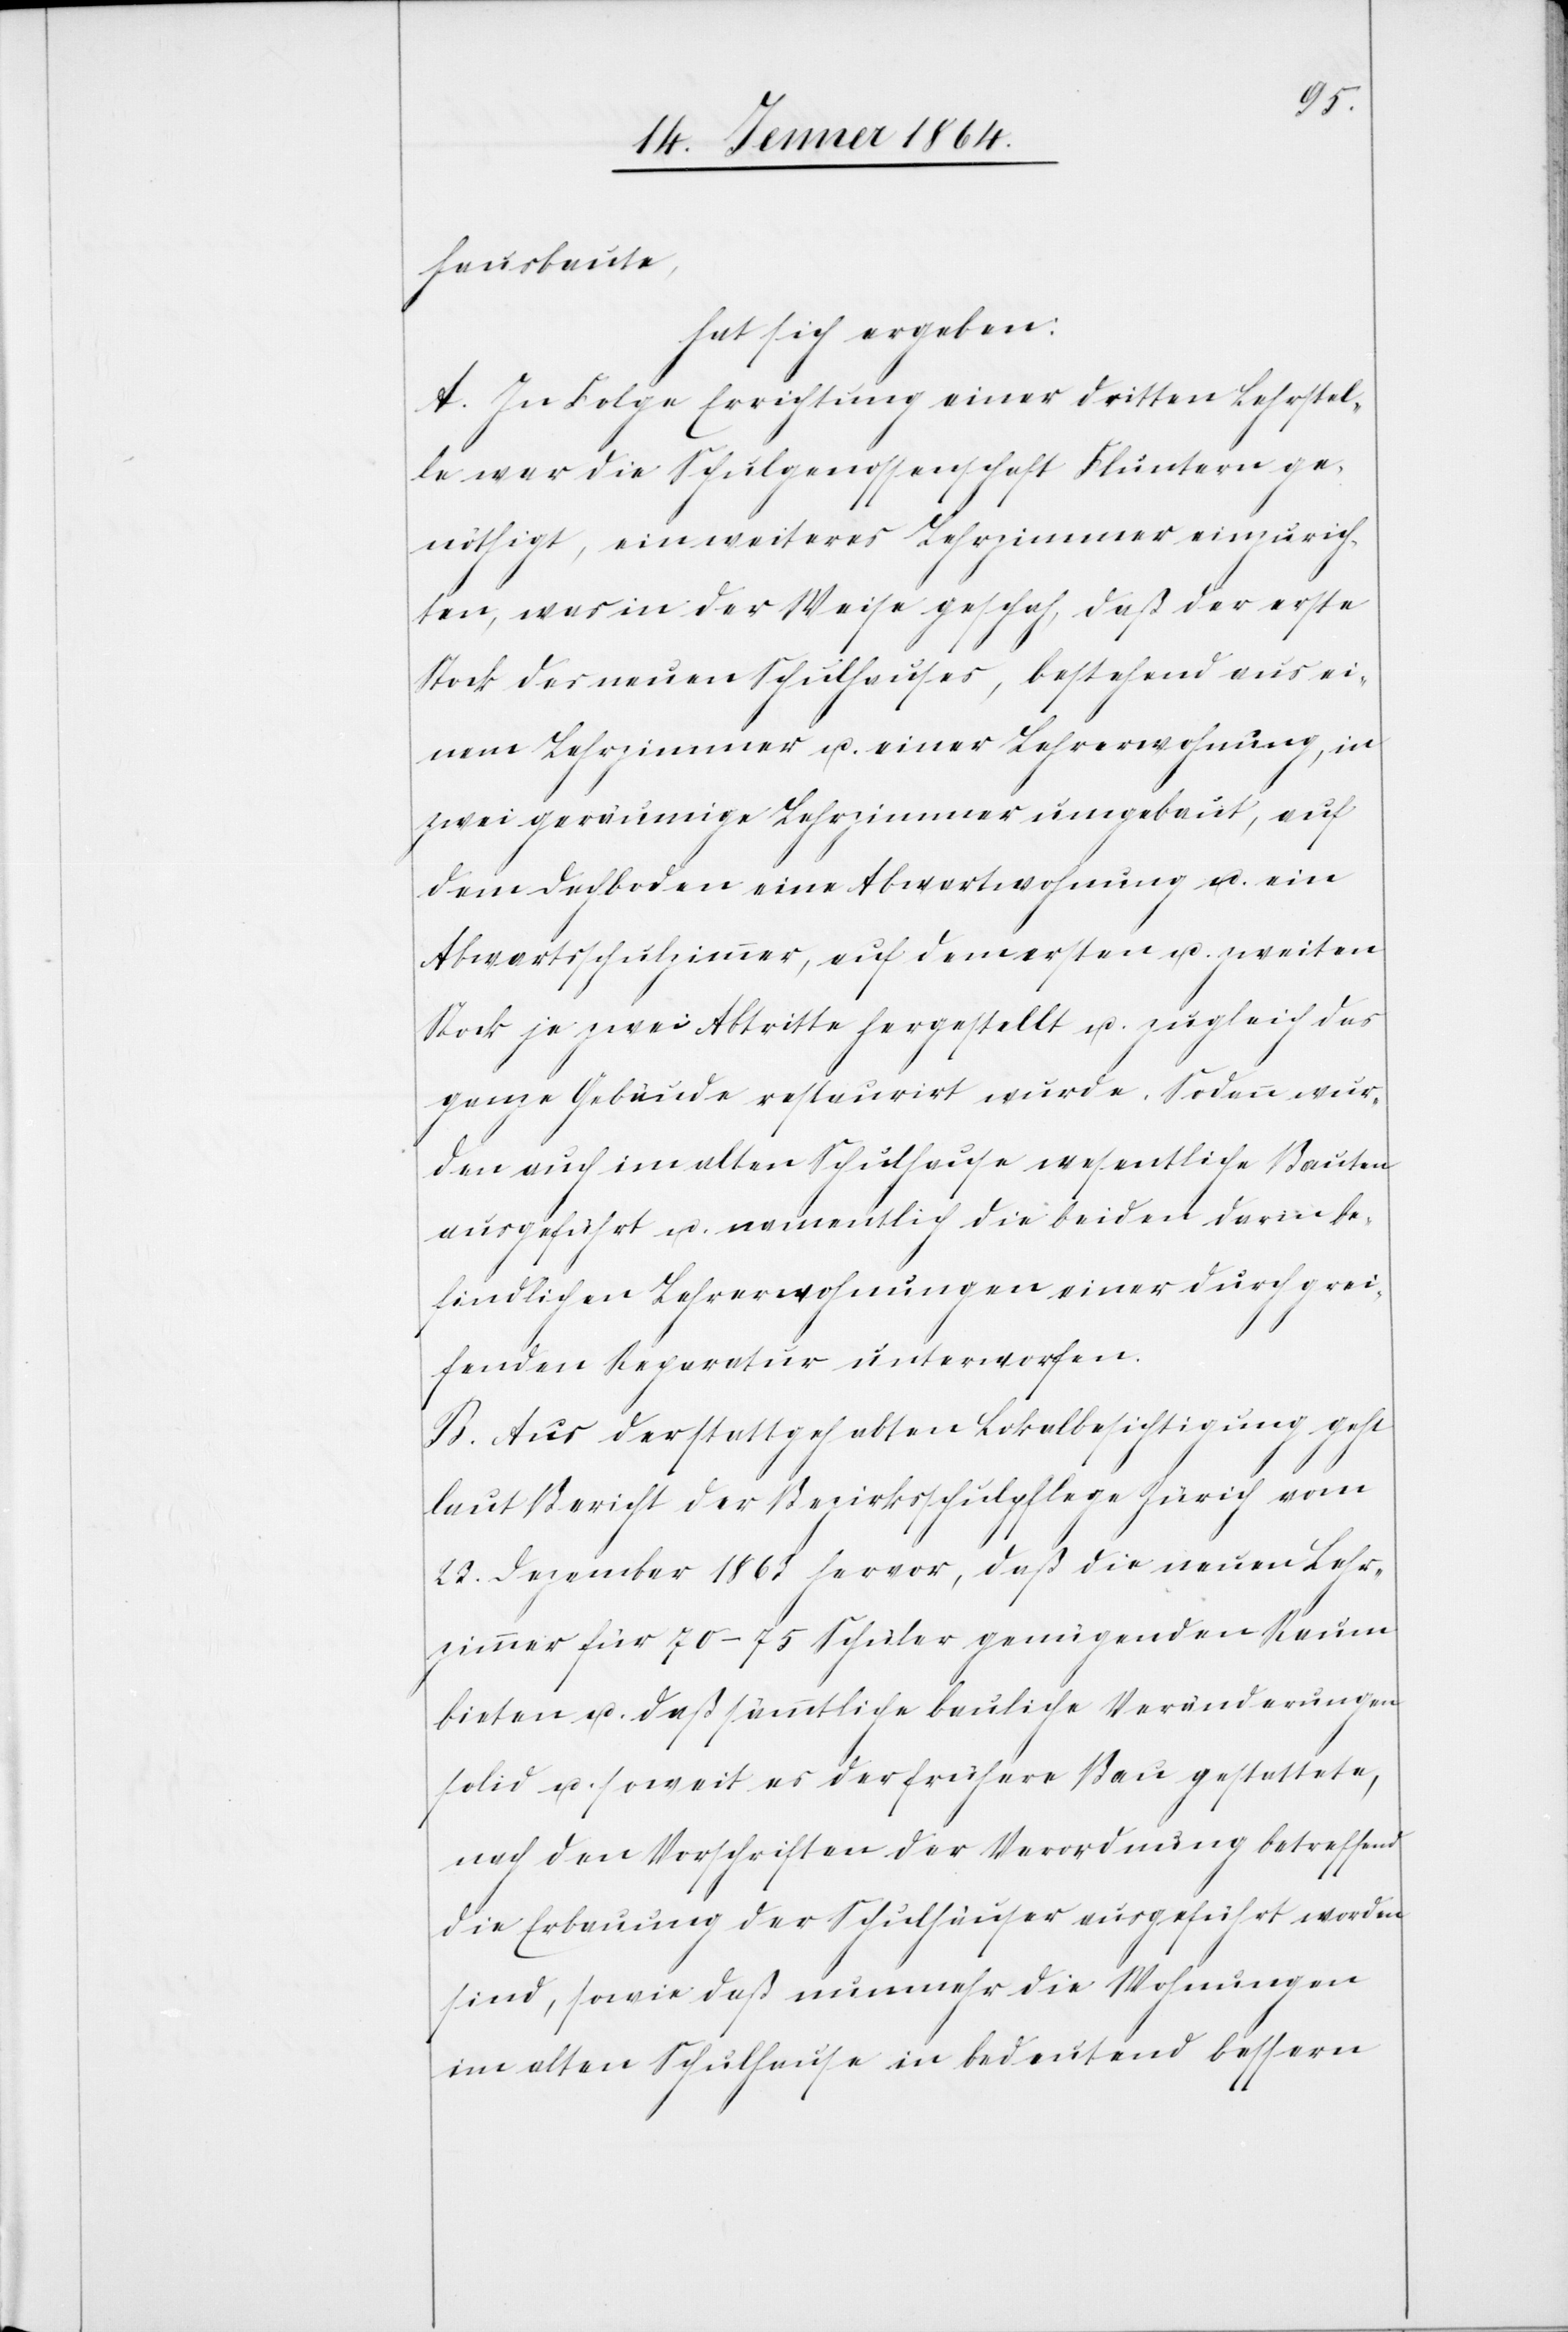
hausbaute,
hat sich ergeben:
A. In Folge Errichtung einer dritten Lehrstel¬
le war die Schulgenossenschaft Fluntern ge¬
nöthigt, ein weiteres Lehrzimmer einzurich¬
ten, was in der Weise geschah, daß der erste
Stock des neuen Schulhauses, bestehend aus ei¬
nem Lehrzimmer u. einer Lehrerwohnung, in
zwei geräumige Lehrzimmer umgebaut, auf
dem Dachboden eine Abwartswohnung u. ein
Abwartsschulzimmer, auf dem ersten u. zweiten
Stock je zwei Abtritte hergestellt u. zugleich das
ganze Gebäude restauriert wurde. Sodann wur¬
den auch im alten Schulhause wesentliche Bauten
ausgeführt u. namentlich die beiden darin be¬
findlichen Lehrerwohnungen einer durchgrei¬
fenden Reparatur unterworfen.
B. Aus der stattgehabten Lokalbesichtigung geht
laut Bericht der Bezirksschulpflege Zürich vom
23. Dezember 1863 hervor, daß die neuen Lehr¬
zimmer für 70-75 Schüler genügenden Raum
bieten u. daß sämmtliche bauliche Veränderungen
solid u. soweit es der frühere Bau gestattete,
nach den Vorschriften der Verordnung betreffend
die Erbauung der Schulhäuser ausgeführt worden
sind, sowie daß nunmehr die Wohnungen
im alten Schulhause in bedeutend bessern